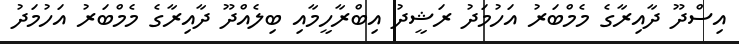
އިސްދޫ ދާއިރާގެ މެމްބަރު އަހުމަދު ރަޝީދު އިބްރާހީމާއި ބިލެއްދޫ ދާއިރާގެ މެމްބަރު އަހުމަދު